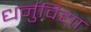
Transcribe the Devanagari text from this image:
धर्नुविद्या